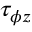
\displaystyle \tau _ { \phi z }